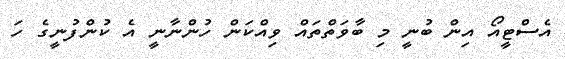
އެސްޓީއޯ އިން ބުނީ މި ބާވަތްތައް ވިއްކަން ހުންނާނީ އެ ކުންފުނީގެ ހަ